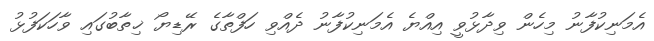
އެމަނިކުފާނު މިހެން ވިދާޅުވީ އިއްޔެ އެމަނިކުފާނު ދެއްވި ހަފްތާގެ ރޭޑިޔޯ ޚިތާބުގައި ވާހަކަފުޅު